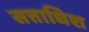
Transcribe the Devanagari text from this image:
सत्ताधिश